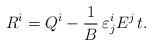
LaTeX: \begin{align*}R^{i}=Q^i-\frac{1}{B}\,\varepsilon^i_jE^j\,t.\end{align*}